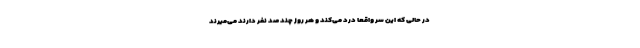
در حالی که این سر واقعا درد می‌کند و هر روز چند صد نفر دارند می‌میرند